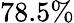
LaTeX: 78.5\%